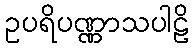
ဥပရိပဏ္ဏာသပါဠိ